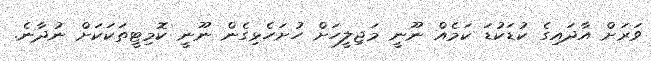
ވަރަށް އާދައިގެ ކުޑަކުޑަ ކަމެއް ނޫނީ މަޖިލީހަށް ހުށަހެޅިގެން ނޫނީ ކޮމިޓީތަކަކަށް ނުދާނެ.